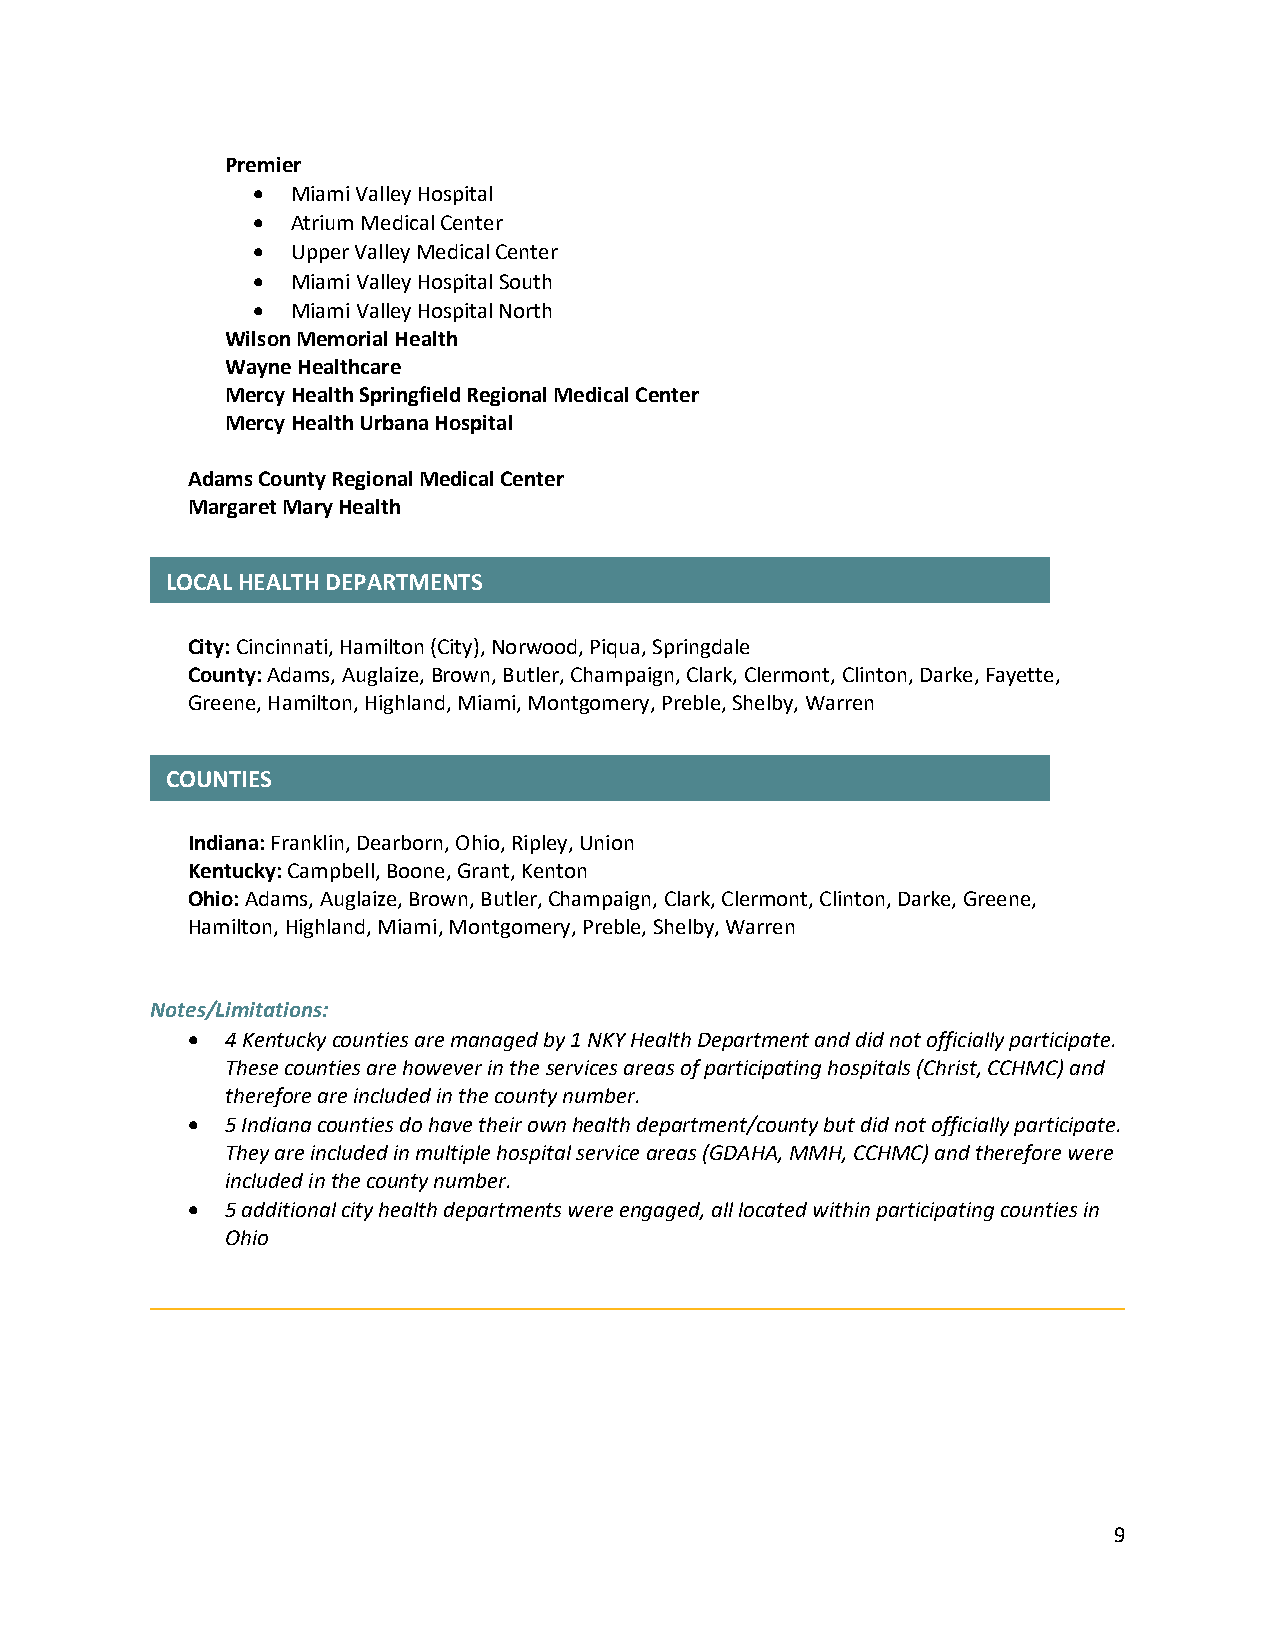
Premier
 • Miami Valley Hospital
 • Atrium Medical Center
 • Upper Valley Medical Center
 • Miami Valley Hospital South
 • Miami Valley Hospital North
 Wilson Memorial Health
 Wayne Healthcare
 Mercy Health Springfield Regional Medical Center
 Mercy Health Urbana Hospital
 Adams County Regional Medical Center
 Margaret Mary Health
 LOCAL HEALTH DEPARTMENTS
 City: Cincinnati, Hamilton (City), Norwood, Piqua, Springdale
 County: Adams, Auglaize, Brown, Butler, Champaign, Clark, Clermont, Clinton, Darke, Fayette,
 Greene, Hamilton, Highland, Miami, Montgomery, Preble, Shelby, Warren
 COUNTIES
 Indiana: Franklin, Dearborn, Ohio, Ripley, Union
 Kentucky: Campbell, Boone, Grant, Kenton
 Ohio: Adams, Auglaize, Brown, Butler, Champaign, Clark, Clermont, Clinton, Darke, Greene,
 Hamilton, Highland, Miami, Montgomery, Preble, Shelby, Warren
 Notes/Limitations:
 •  4 Kentucky counties are managed by 1 NKY Health Department and did not officially participate.
 These counties are however in the services areas of participating hospitals (Christ, CCHMC) and
 therefore are included in the county number.
 •  5 Indiana counties do have their own health department/county but did not officially participate.
 They are included in multiple hospital service areas (GDAHA, MMH, CCHMC) and therefore were
 included in the county number.
 •  5 additional city health departments were engaged, all located within participating counties in
 Ohio
 9